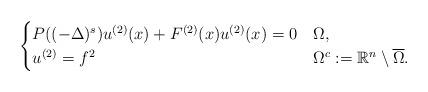
LaTeX: \begin{align*} \begin{cases} P( (-\Delta)^s)u^{(2)}(x) + F^{(2)}(x)u^{(2)}(x)=0 &\Omega, \\ u^{(2)}=f^2 &\Omega^c:=\mathbb{R}^n\setminus \overline{\Omega}. \end{cases} \end{align*}